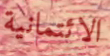
الائتمانية